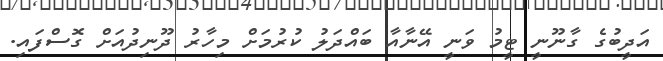
އަދީބުގެ ގާނޫނީ ޓީމު ވަނީ އޭނާއާ ބައްދަލު ކުރުމަށް މިހާރު ދޫނިދުއަށް ގޮސްފަައި.